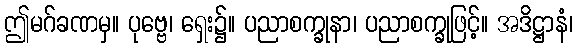
ဤမဂ်ခဏမှ။ ပုဗ္ဗေ၊ ရှေး၌။ ပညာစက္ခုနာ၊ ပညာစက္ခုဖြင့်။ အဒိဋ္ဌာနံ၊